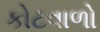
કોટવાળો